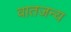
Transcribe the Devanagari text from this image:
वातजन्य